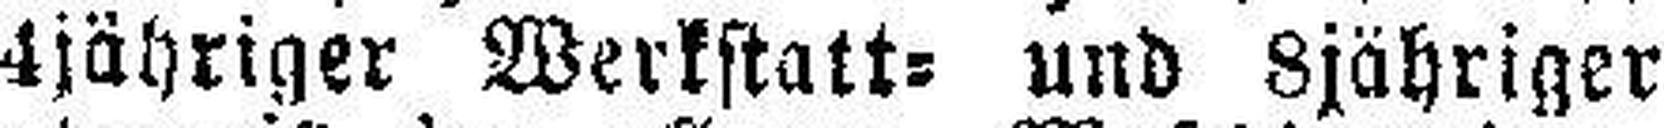
4jähriger Werkstatt= und 8jähriger